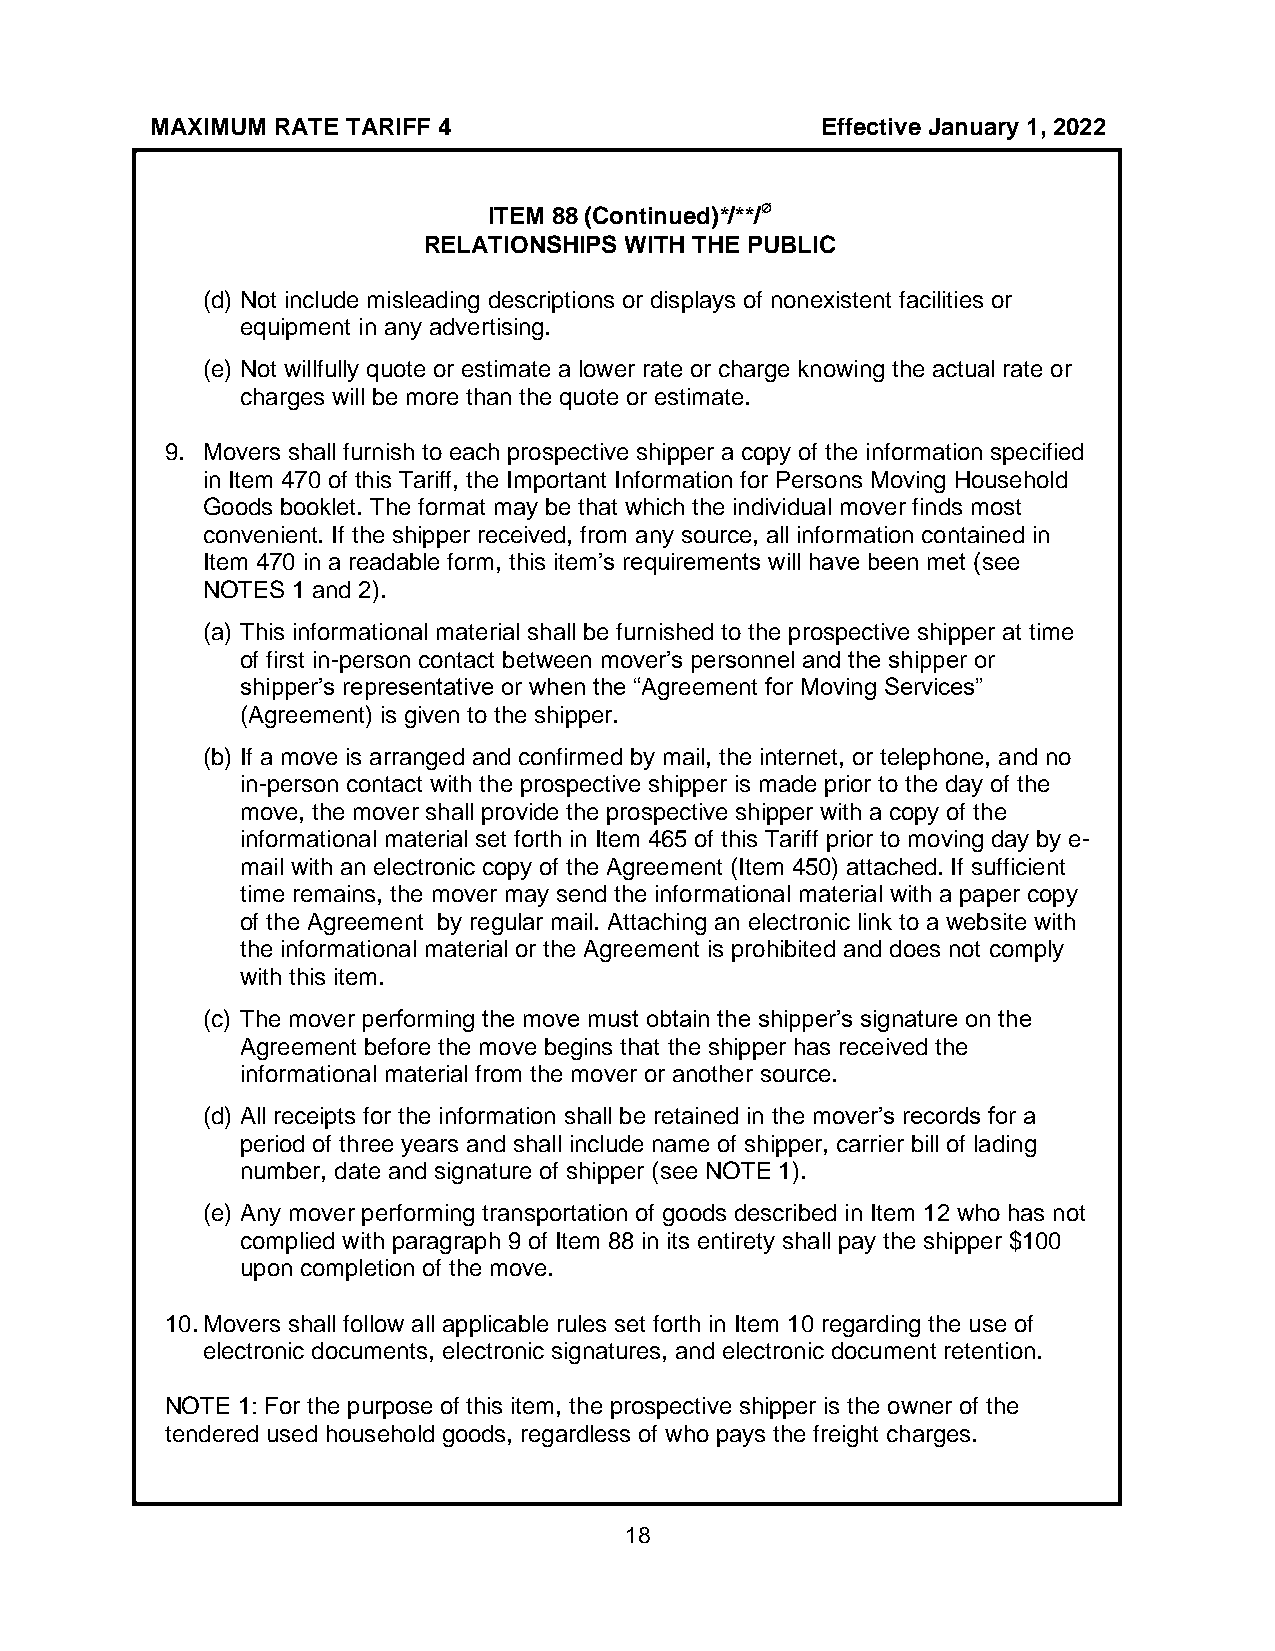
MAXIMUM RATE TARIFF 4                       Effective January 1, 2022
 ø
 ITEM 88 (Continued)*/**/
 RELATIONSHIPS WITH THE PUBLIC
 (d) Not include misleading descriptions or displays of nonexistent facilities or
 equipment in any advertising.
 (e) Not willfully quote or estimate a lower rate or charge knowing the actual rate or
 charges will be more than the quote or estimate.
 9. Movers shall furnish to each prospective shipper a copy of the information specified
 in Item 470 of this Tariff, the Important Information for Persons Moving Household
 Goods booklet. The format may be that which the individual mover finds most
 convenient. If the shipper received, from any source, all information contained in
 Item 470 in a readable form, this item’s requirements will have been met (see
 NOTES 1 and 2).
 (a) This informational material shall be furnished to the prospective shipper at time
 of first in-person contact between mover’s personnel and the shipper or
 shipper’s representative or when the “Agreement for Moving Services”
 (Agreement) is given to the shipper.
 (b) If a move is arranged and confirmed by mail, the internet, or telephone, and no
 in-person contact with the prospective shipper is made prior to the day of the
 move, the mover shall provide the prospective shipper with a copy of the
 informational material set forth in Item 465 of this Tariff prior to moving day by e-
 mail with an electronic copy of the Agreement (Item 450) attached. If sufficient
 time remains, the mover may send the informational material with a paper copy
 of the Agreement by regular mail. Attaching an electronic link to a website with
 the informational material or the Agreement is prohibited and does not comply
 with this item.
 (c) The mover performing the move must obtain the shipper’s signature on the
 Agreement before the move begins that the shipper has received the
 informational material from the mover or another source.
 (d) All receipts for the information shall be retained in the mover’s records for a
 period of three years and shall include name of shipper, carrier bill of lading
 number, date and signature of shipper (see NOTE 1).
 (e) Any mover performing transportation of goods described in Item 12 who has not
 complied with paragraph 9 of Item 88 in its entirety shall pay the shipper $100
 upon completion of the move.
 10. Movers shall follow all applicable rules set forth in Item 10 regarding the use of
 electronic documents, electronic signatures, and electronic document retention.
 NOTE 1: For the purpose of this item, the prospective shipper is the owner of the
 tendered used household goods, regardless of who pays the freight charges.
 18